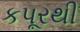
કપૂરથી